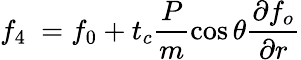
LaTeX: f_{4}\ =f_{0}+t_{c}\frac{P}{m}\cos\theta\frac{\partial f_{o}}{\partial r}